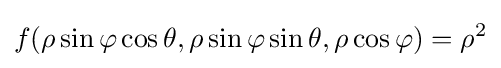
f(\rho \sin \varphi \cos \theta ,\rho \sin \varphi \sin \theta ,\rho \cos \varphi )=\rho ^{2}